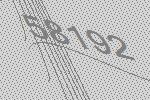
58192